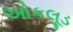
ઓકલૂડ